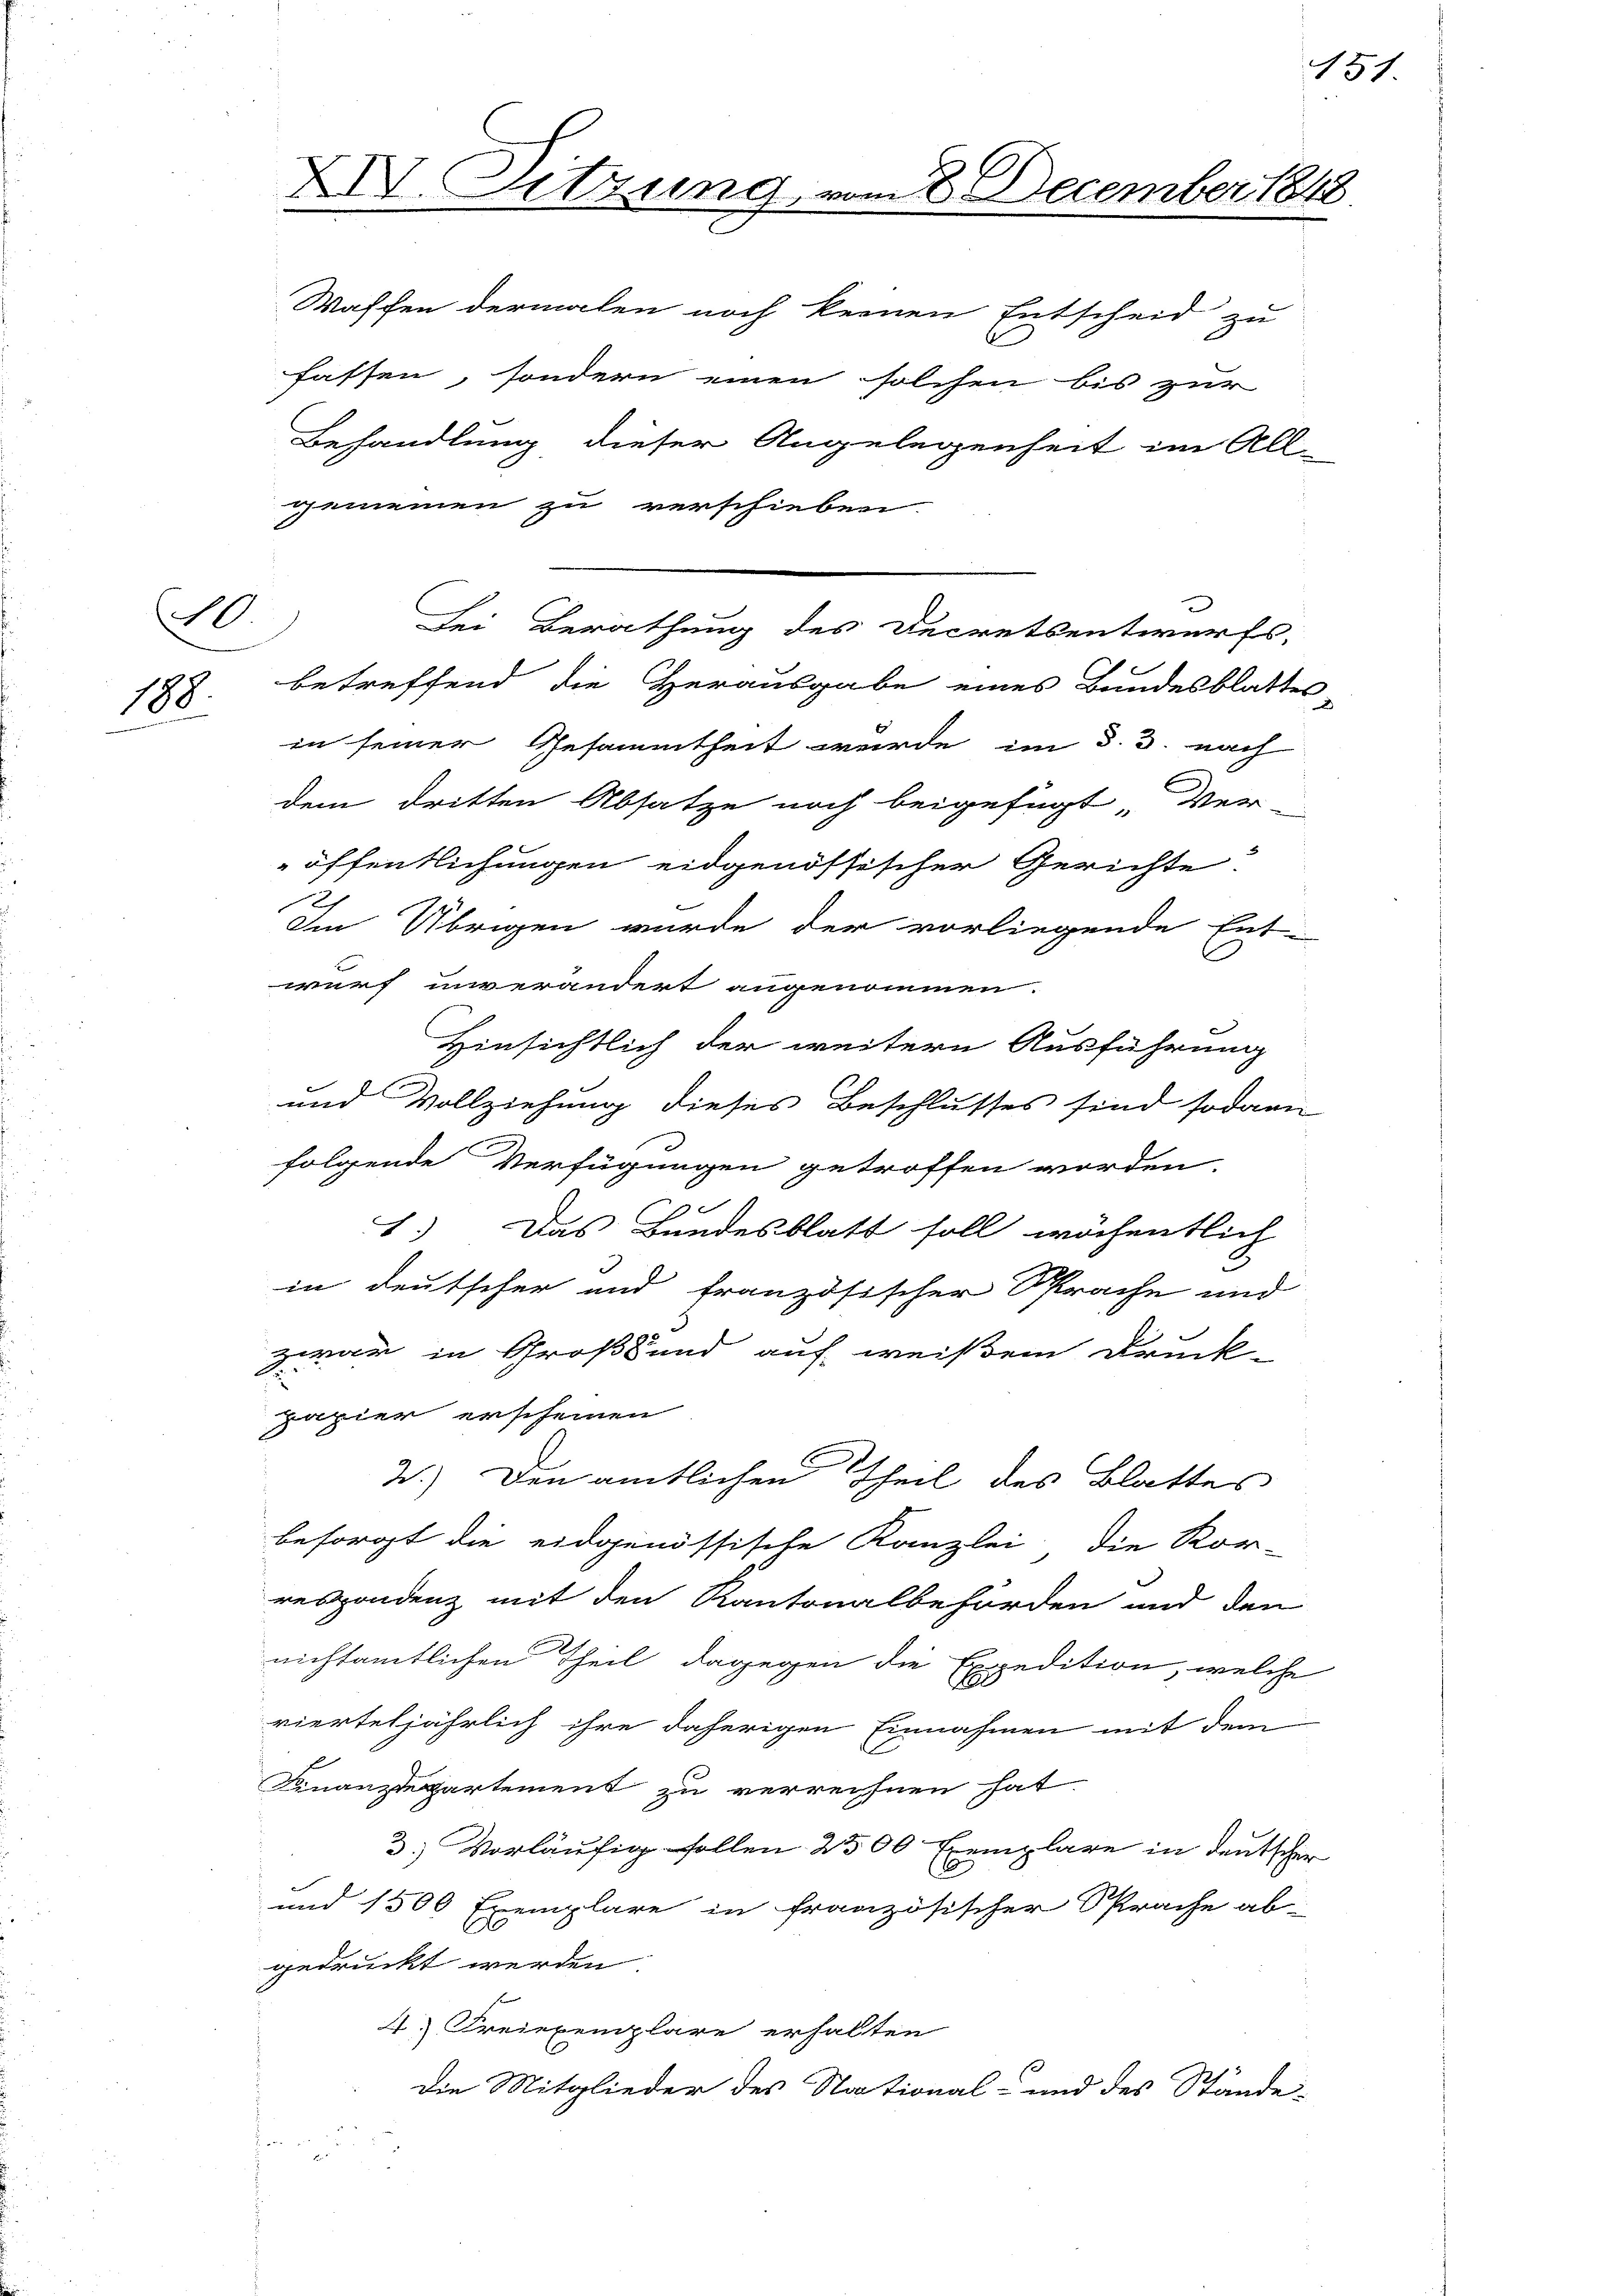
20.
188

Waschen dermalen noch keinen Entscheid zu
fassen, sondern einen solchen bis zur
Behandlung dieser Angelegenheit im All-
gemeinen zu verschieben.

XIV. Sitzung,

betreffend die Herausgabe eines Bundesblatter
in seiner Gesammtheit wurde im §. 3. nach
dem dritten Absatze noch beigefügt „Ver
öffentlichungen eidgenössischer Gerichte.
2
Im Übrigen wurde der vorliegende Ent-
wurf unverändert angenommen.
Hinsichtlich der weitern Ausführung
und Vollziehung dieses Beschlusses sind sodann
folgende Verfügungen getroffen worden.
1.) Das Bundesblatt soll wöchentlich
3
in Deutscher und französischer Sprache und
zwar in Großend auf weißem Druck-
A
papier erscheinen
2.) Den amtlichen Theil des Blattes
besorgt die eidgenössische Kanzlei, die Kor-
respondenz mit den Kantonalbehörden und den
nichtamtlichen Theil dagegen die Expedition, welche
vierteljährlich ihre daherigen Einnahmen mit dem
Finanzdepartement zu verreichnen hat.
3.) Vorläufig sollen 2500 Exemplare in deutschen
und 1500 Exemplare in französischer Sprache ab-
gedruckt werden.
4) Freiexemplare erhalten
Die Mitglieder des Stational- und des Stände-

Bei Berathung des Decretsentwurfs,

m 8. December 1848

151

n